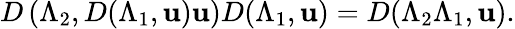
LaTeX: D\left(\Lambda_{2},D(\Lambda_{1},\mathbf{u})\mathbf{u}\right)D(\Lambda_{1},\mathbf{u})=D(\Lambda_{2}\Lambda_{1},\mathbf{u}).